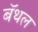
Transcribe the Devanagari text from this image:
बॅथल